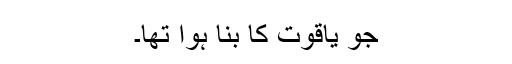
جو یاقوت کا بنا ہوا تھا۔